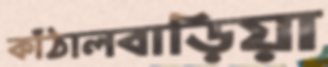
কাঁঠালবাড়িয়া